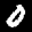
Label: 0